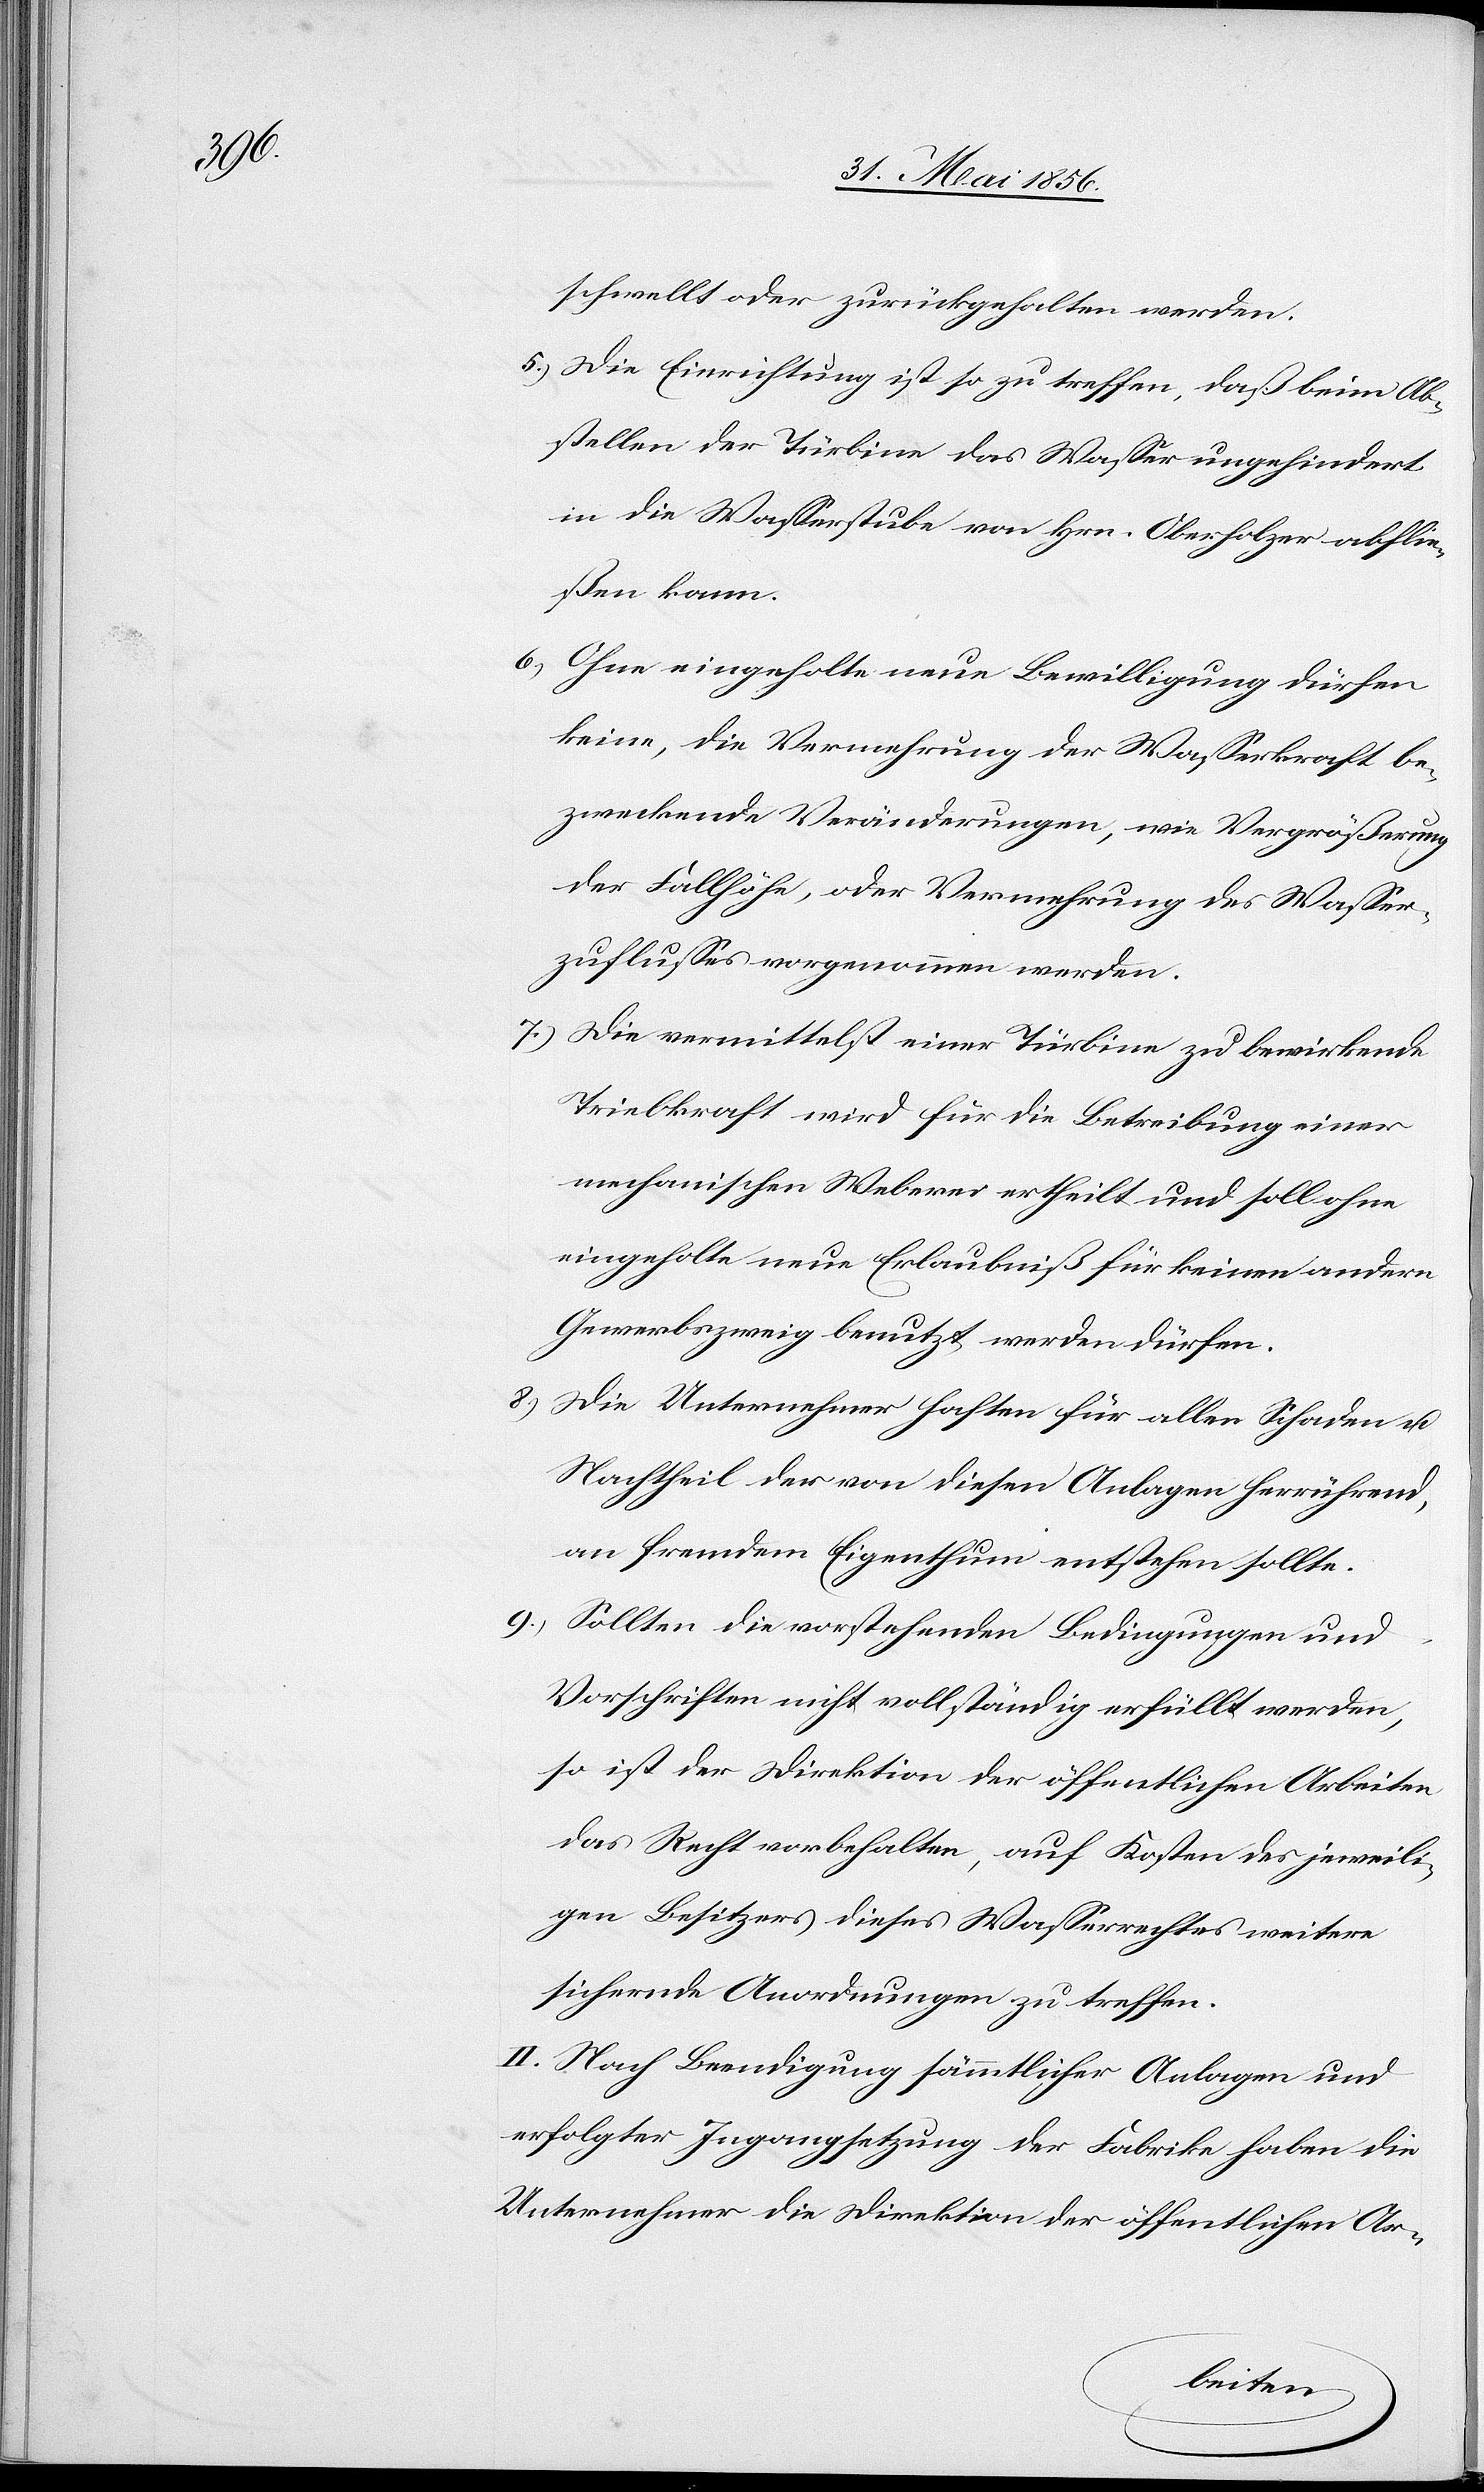
schwellt oder zurückgehalten werden.
5.) Die Einrichtung ist so zu treffen, daß beim Ab¬
stellen der Türbine das Wasser ungehindert
in die Wasserstube von Hrn. Oberholzer abflie¬
ßen kann.
6.) Ohne eingeholte neue Bewilligung dürfen
keine, die Vermehrung der Wasserkraft be¬
zweckende Veränderungen, wie Vergrößerung
der Fallhöhe, oder Vermehrung des Wasser¬
zuflusses vorgenommen werden.
7.) Die vermittelst einer Türbine zu bewirkende
Triebkraft wird für die Betreibung einer
mechanischen Weberei ertheilt und soll ohne
eingeholte neue Erlaubniß für keinen andern
Gewerbszweig benutzt werden dürfen.
8.) Die Unternehmer haften für allen Schaden u.
Nachtheil der von diesen Anlagen herrührend,
an fremdem Eigenthum entstehen sollte.
9.) Sollten die vorstehenden Bedingungen und
Vorschriften nicht vollständig erfüllt werden,
so ist der Direktion der öffentlichen Arbeiten
das Recht vorbehalten, auf Kosten des jeweili¬
gen Besitzers dieses Wasserrechtes weitere
sichernde Anordnungen zu treffen.
II. Nach Beendigung sämmtlicher Anlagen und
erfolgter Ingangsetzung der Fabrike haben die
Unternehmer die Direktion der öffentlichen Ar-